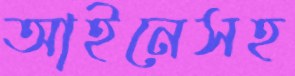
আইনেসহ